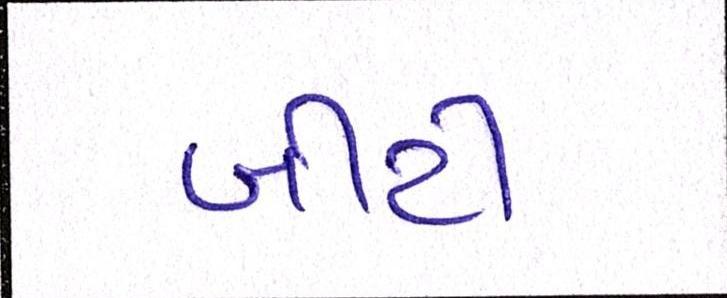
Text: બીટી